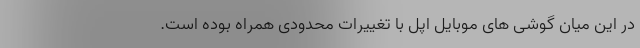
در این میان گوشی های موبایل اپل با تغییرات محدودی همراه بوده است.